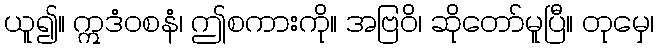
ယူ၍။ ဣဒံဝစနံ၊ ဤစကားကို။ အဗြဝိ၊ ဆိုတော်မူပြီ။ တုမှေ၊